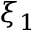
\xi _ { 1 }